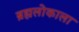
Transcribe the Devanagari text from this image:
ब्रह्मलोकाला